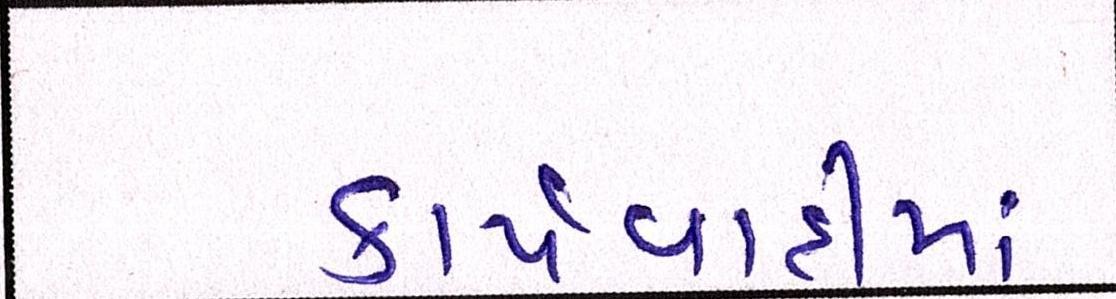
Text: કાર્યવાહીમાં